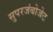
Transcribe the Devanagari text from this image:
सुपरजंबोजेट